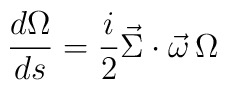
\frac{d\Omega}{ds} = \frac{i}{2} \vec{\Sigma} \cdot\vec{\omega} \,\Omega